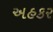
અહકર